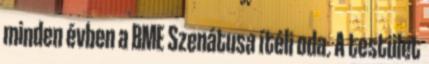
minden évben a BME Szenátusa ítéli oda. A testület